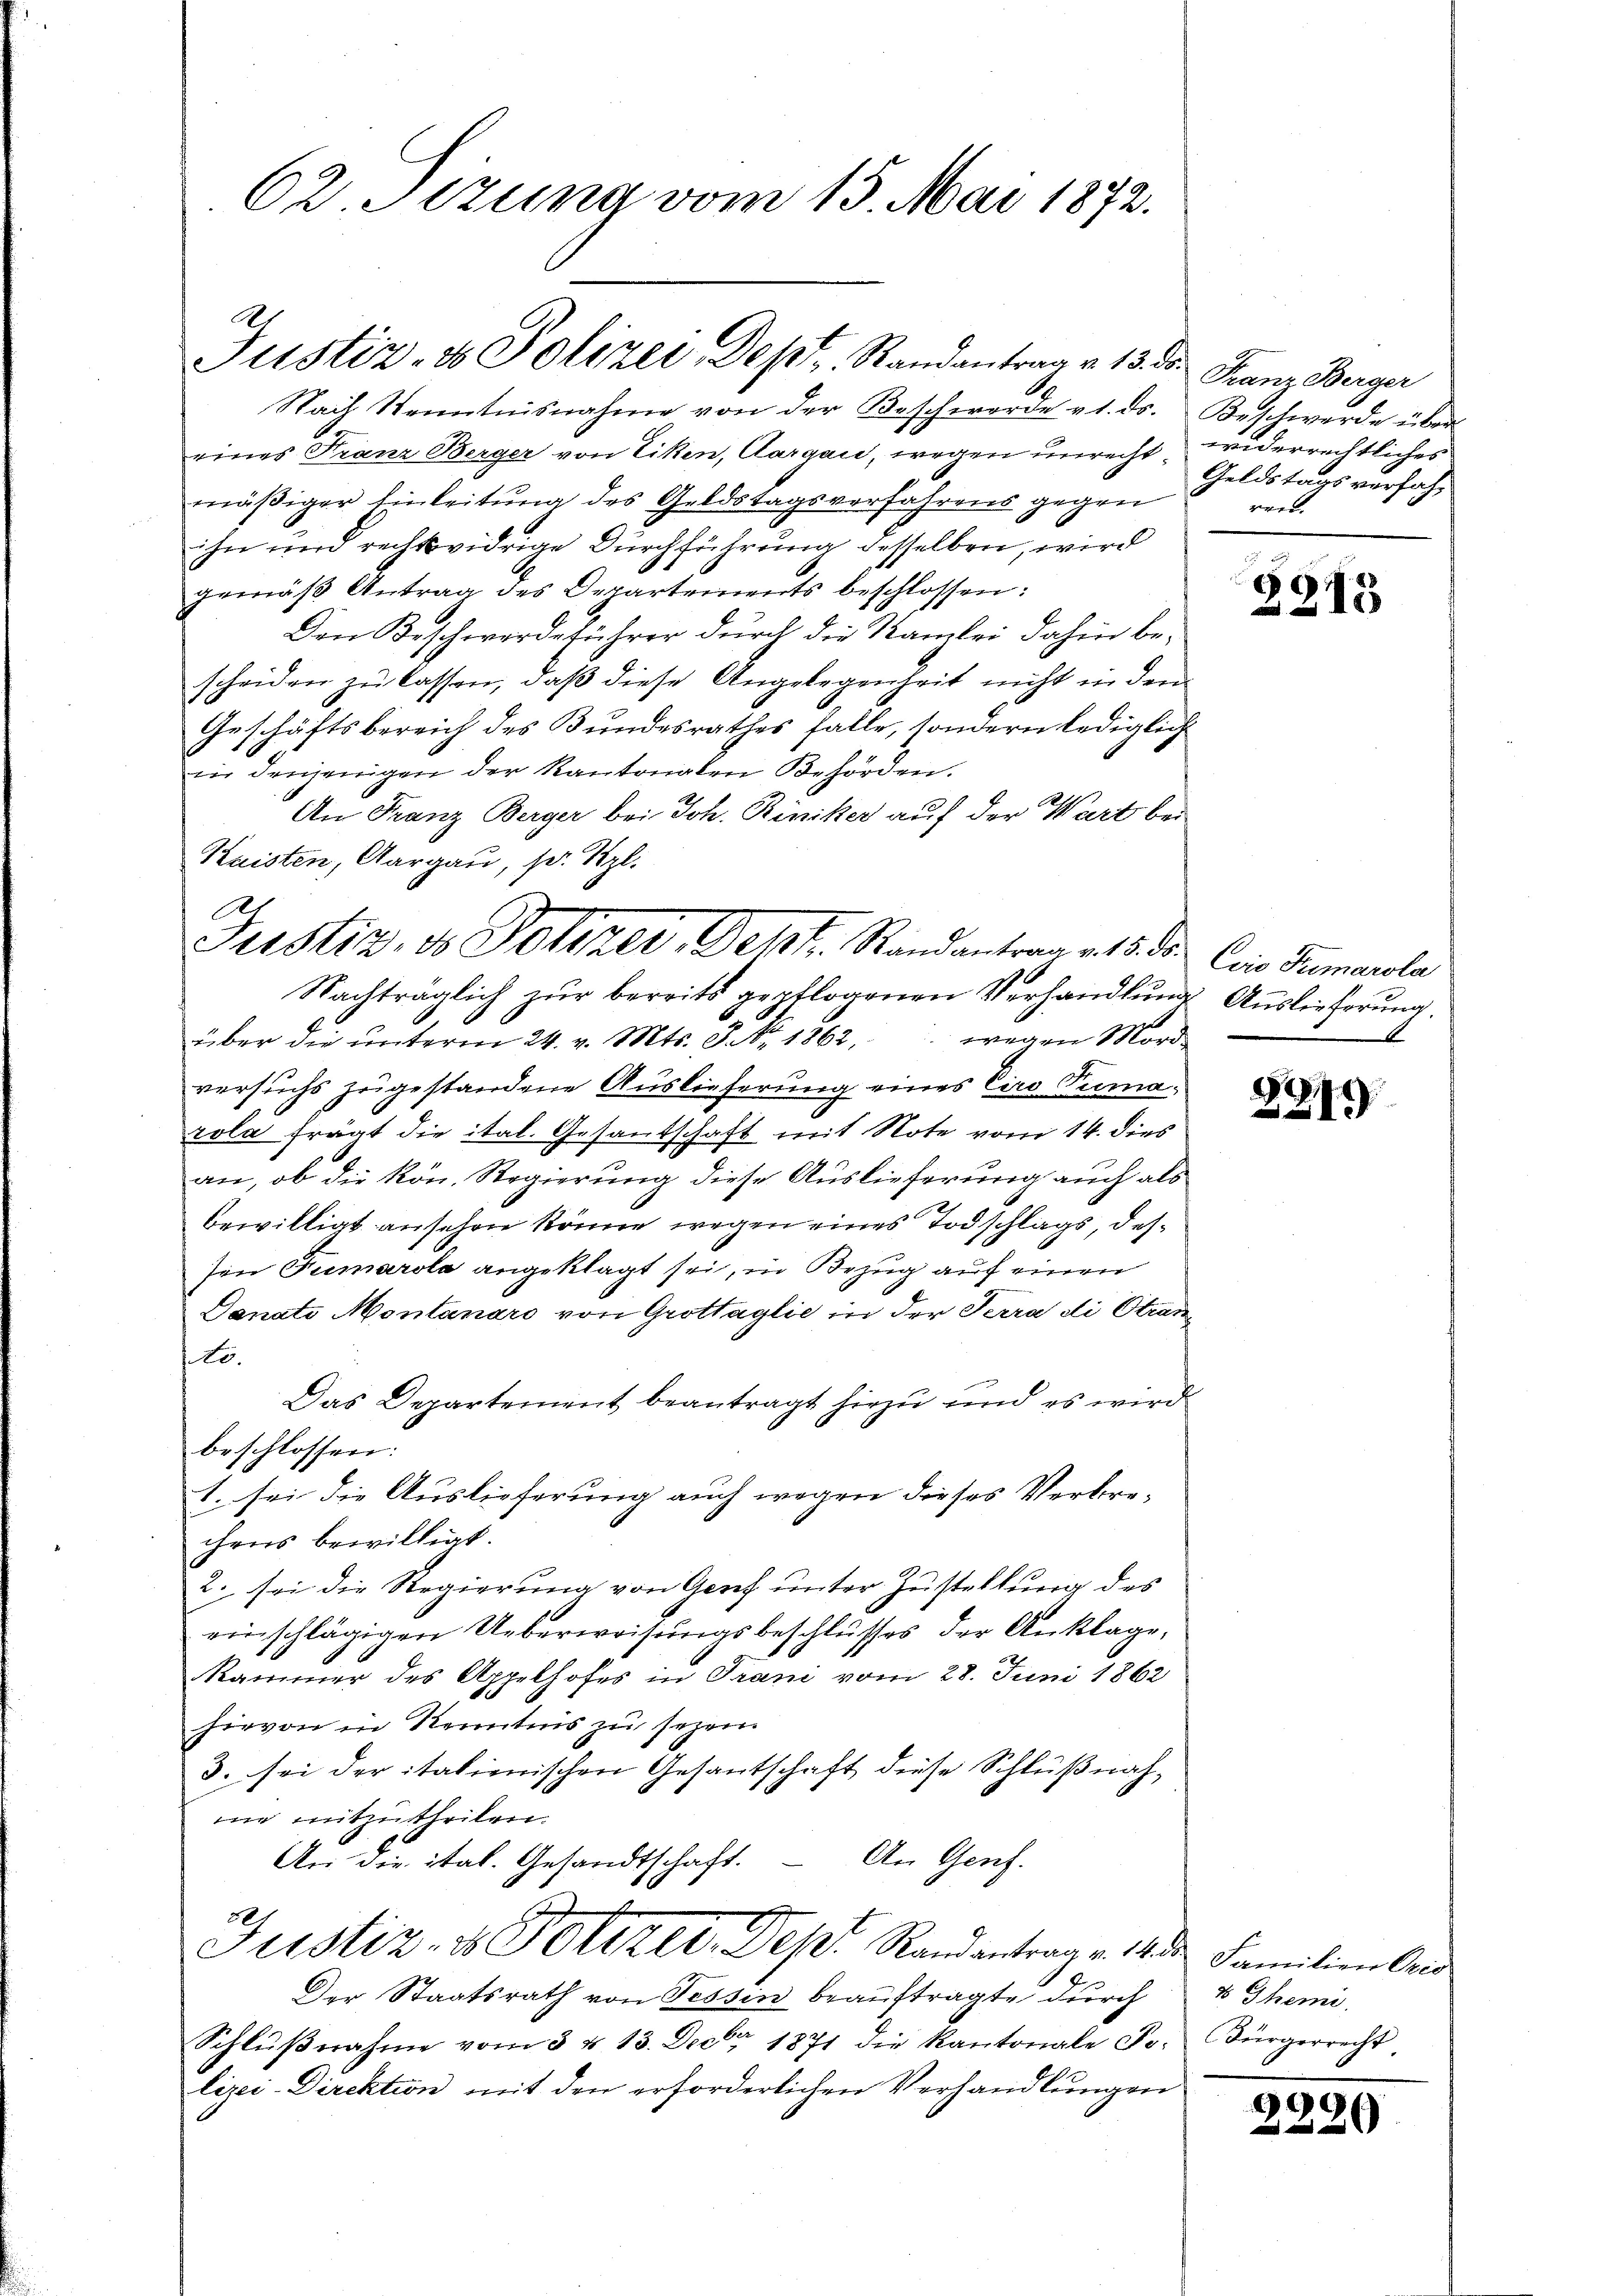
62. Sizung vom 15. Mai 1872.

Justiz- & Polizei Depr. Randantrag v. 13. d. Franz Berger

Nach Kenntnisnahme von der Beschworde v. ds. Beschwerde über
eines Franz Berger von Tiken, Aargau, wegen unrecht widerrechtliches
mäßiger Einleitung des Geldstagsverfahrens gegen
ihn und rechtswidrige Durchführung desselben, wird
gemäß Antrag des Departements beschlossen:
Den Beschwerdeführer dŭrch die Kanzlei dahin be-
scheiden zu lassen, daß diese Angelegenheit nicht in den
Geschäftsbereich des Bundesrathes falle, sondern lediglich
in denjenigen der Kantonalen Behörden.
An Franz Berger bei Joh. Riniker auf der Wart bei
Kaisten, Aargau, sr. Spl.
Nachträglich zur bereits gepflogenen Verhandlung Auslieferung
über die ŭnterm 24. v. Mts. S. Nr. 1862, wegen Mord
versuchs zugestandene Auslieferung eines Ciro Tumarola frägt die ital. Gesandschaft mit Note vom 14. dies
an, ob die kön. Regierung diese Auslieferung auch als
bewilligt ansehen könne wegen eines Todschlags, dessen Tumarola angeklagt sei, in Bezug auf einen
Danate Montanaro von Grottaglie in der Terra di Stranto.
Das Departement beantragt hiezu und es wird
beschlossen:
1. sei die Auslieferung auch wegen dieses Verbrechens bewilligt.
2. sei die Regierung von Genf unter Zustellung des
einschlägigen Ueberweisungsbeschlusses der Anklage,
Kammer des Appelhofes in Trani vom 28. Juni 1862
hievon in Kenntnis zu sezen
3. sei der italienischen Gesantschaft diese Schlußnahme mitzutheilen.
An die ital. Gesandtschaft. – An Genf.
Justiz- & Polizei Dept Randantrag v. 14 Familien Cris
Der Staatsrath von Tessin beauftragte durch
Schlŭβnahme vom 3 & 13. Decbr. 1871 die Kantonale Fr. Bürgerrecht
lizei-Direktion mit den erforderlichen Verhandlungen

As
Justiz, ds Polizer, Deht. Randantrag v. 18. ds. Cie Tumarola

Geldstags verfahren.

2213

6

d

4 Themi

2220